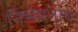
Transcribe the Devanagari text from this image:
निर्भयनाथ